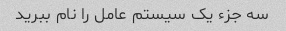
سه جزء یک سیستم عامل را نام ببرید